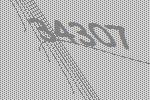
34307